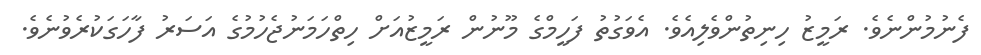
ފެނުމުންނެވެ. ރަމީޒު ހިނިތުންވެލިއެވެ. އެވަގުތު ފަހީމްގެ މޫނުން ރަމީޒުއަށް ހިތްހަމަނުޖެހުމުގެ އަސަރު ފާހަގަކުރެވުނެވެ.